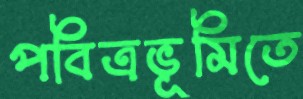
পবিত্রভূমিতে